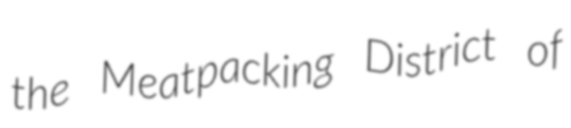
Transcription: the Meatpacking District of